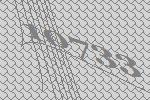
10733